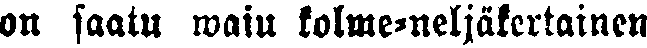
on saatu wain kolme-neljäkertainen